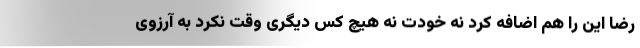
رضا این را هم اضافه کرد نه خودت نه هیچ کس دیگری وقت نکرد به آرزوی